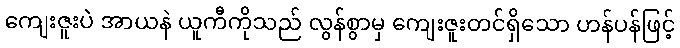
ကျေးဇူးပဲ အာယနဲ ယူကီကိုသည် လွန်စွာမှ ကျေးဇူးတင်ရှိသော ဟန်ပန်ဖြင့်